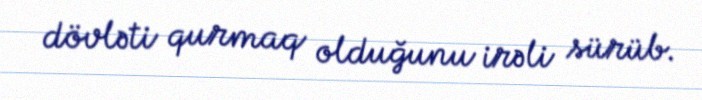
dövləti qurmaq olduğunu irəli sürüb.